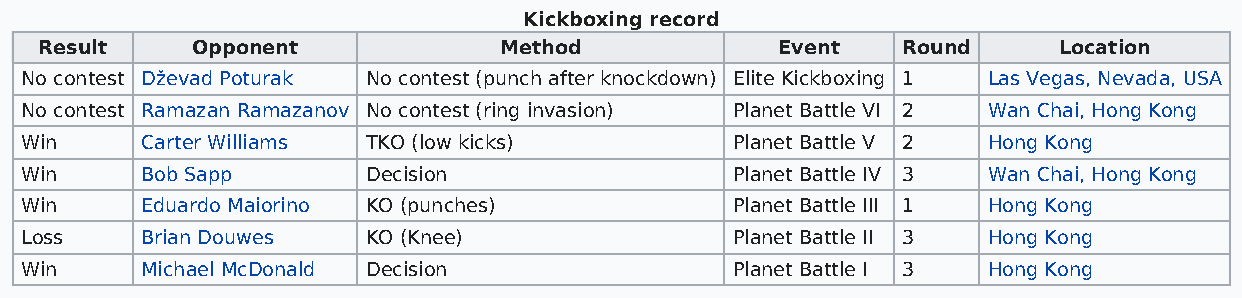
Kickboxing record
 Result    Opponent            Method             Event   Round     Location
 No contest Dževad Poturak No contest (punch after knockdown) Elite Kickboxing 1 Las Vegas, Nevada, USA
 No contest Ramazan Ramazanov No contest (ring invasion) Planet Battle VI 2 Wan Chai, Hong Kong
 Win     Carter Williams TKO (low kicks)        Planet Battle V 2 Hong Kong
 Win     Bob Sapp       Decision                Planet Battle IV 3 Wan Chai, Hong Kong
 Win     Eduardo Maiorino KO (punches)          Planet Battle III 1 Hong Kong
 Loss    Brian Douwes   KO (Knee)               Planet Battle II 3 Hong Kong
 Win     Michael McDonald Decision              Planet Battle I 3 Hong Kong